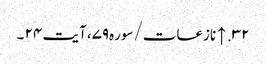
۳۲. ↑ نازعات/سوره۷۹، آیت ۲۴ ۔